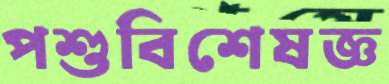
পশুবিশেষজ্ঞ